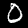
Digit: 0